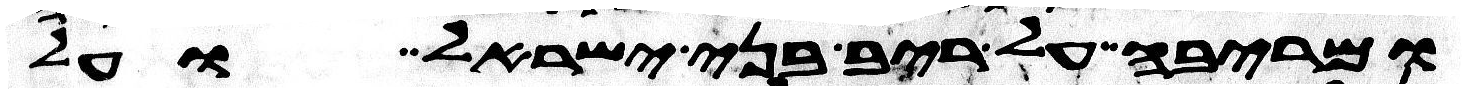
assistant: ומריבה על ריב בני ישראל ועל